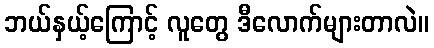
ဘယ်နှယ့်ကြောင့် လူတွေ ဒီလောက်များတာလဲ။